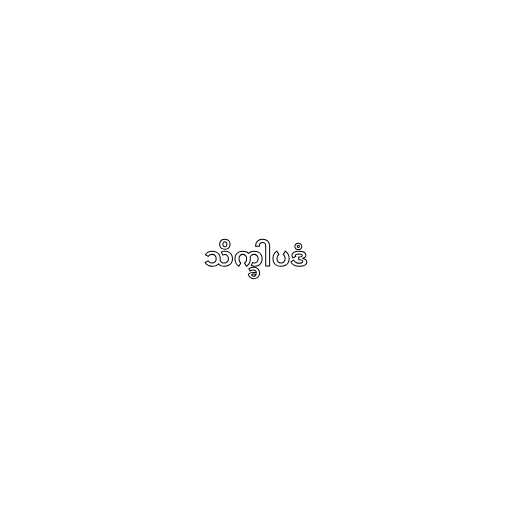
သိက္ခါပဒံ